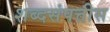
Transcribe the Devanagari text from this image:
शब्दसंपत्तीस